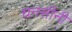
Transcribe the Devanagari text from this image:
धनसीनी